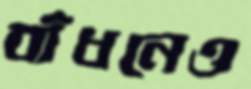
বাঁধনেও